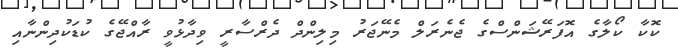
ކޮކާ ކޯލާގެ އޮފަރޭޝަންސްގެ ޖެނެރަލް މެނޭޖަރު މިލިންދް ދެރްސާރީ ވިދާޅުވީ ރާއްޖޭގެ ކުޑަކުދިންނާއި